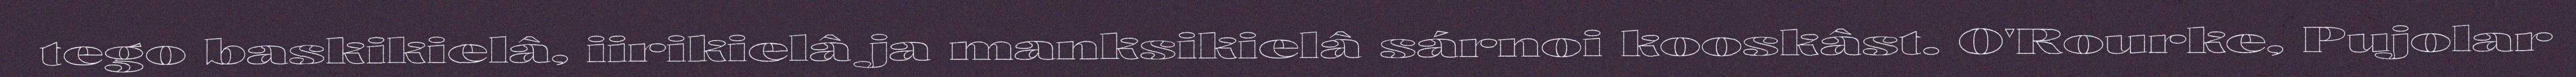
tego baskikielâ, iirikielâ ja manksikielâ sárnoi kooskâst. O'Rourke, Pujolar